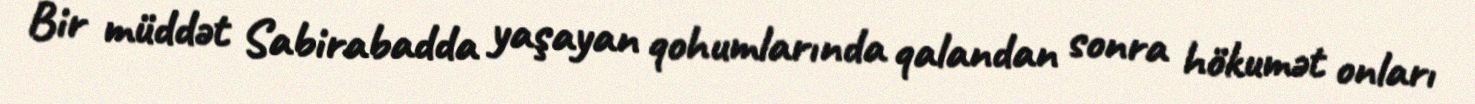
Bir müddət Sabirabadda yaşayan qohumlarında qalandan sonra hökumət onları